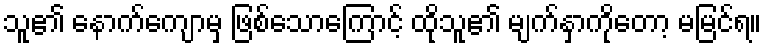
သူ၏ နောက်ကျောမှ ဖြစ်သောကြောင့် ထိုသူ၏ မျက်နှာကိုတော့ မမြင်ရ။